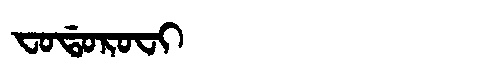
Manchu: ᠸᠣᡩᠣᡵᠣᠸᡳ
Romanization: FODOROFI